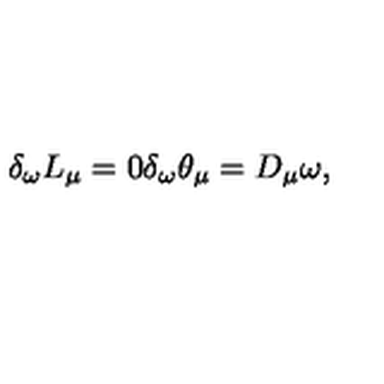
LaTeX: \delta _ { \omega } L _ { \mu } = 0 \delta _ { \omega } \theta _ { \mu } = D _ { \mu } \omega ,